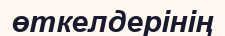
өткелдерінің